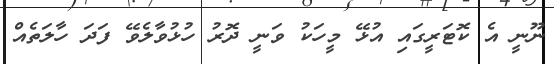
ނޫނީ އެ ކޮޓަރީގައި އުޅޭ މީހަކު ވަނީ ދޮރު ހުޅުވާލެވޭ ފަދަ ހާލަތެއް